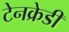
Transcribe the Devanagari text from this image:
टेनक्रेडी